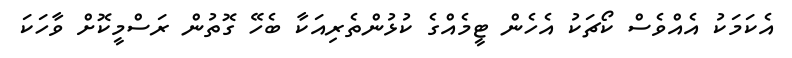
އެކަމަކު އެއްވެސް ކޯޗަކު އެހެން ޓީމެއްގެ ކުޅުންތެރިއަކާ ބެހޭ ގޮތުން ރަސްމީކޮށް ވާހަކަ